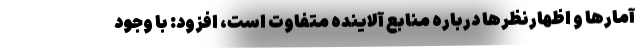
آمارها و اظهارنظرها درباره منابع آلاینده متفاوت است، افزود: با وجود